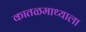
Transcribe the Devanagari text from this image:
कातळमाथ्याला